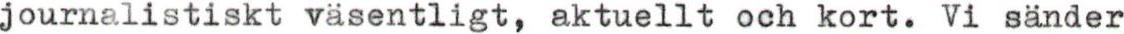
journalistiskt väsentligt, aktuellt och kort. Vi sänder